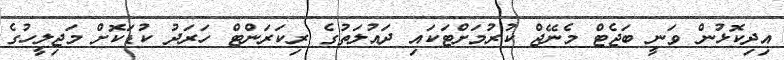
އިދިކޮޅުން ވަނީ ބަޖެޓް މެނޭޖް ކުރުމަށްޓަކައި ދައުލަތުގެ ރިކަރަންޓް ހަރަދު ކުޑަކޮށް މަޖިލީހުގެ